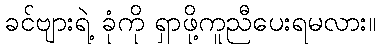
ခင်ဗျားရဲ့ ခုံကို ရှာဖို့ကူညီပေးရမလား။